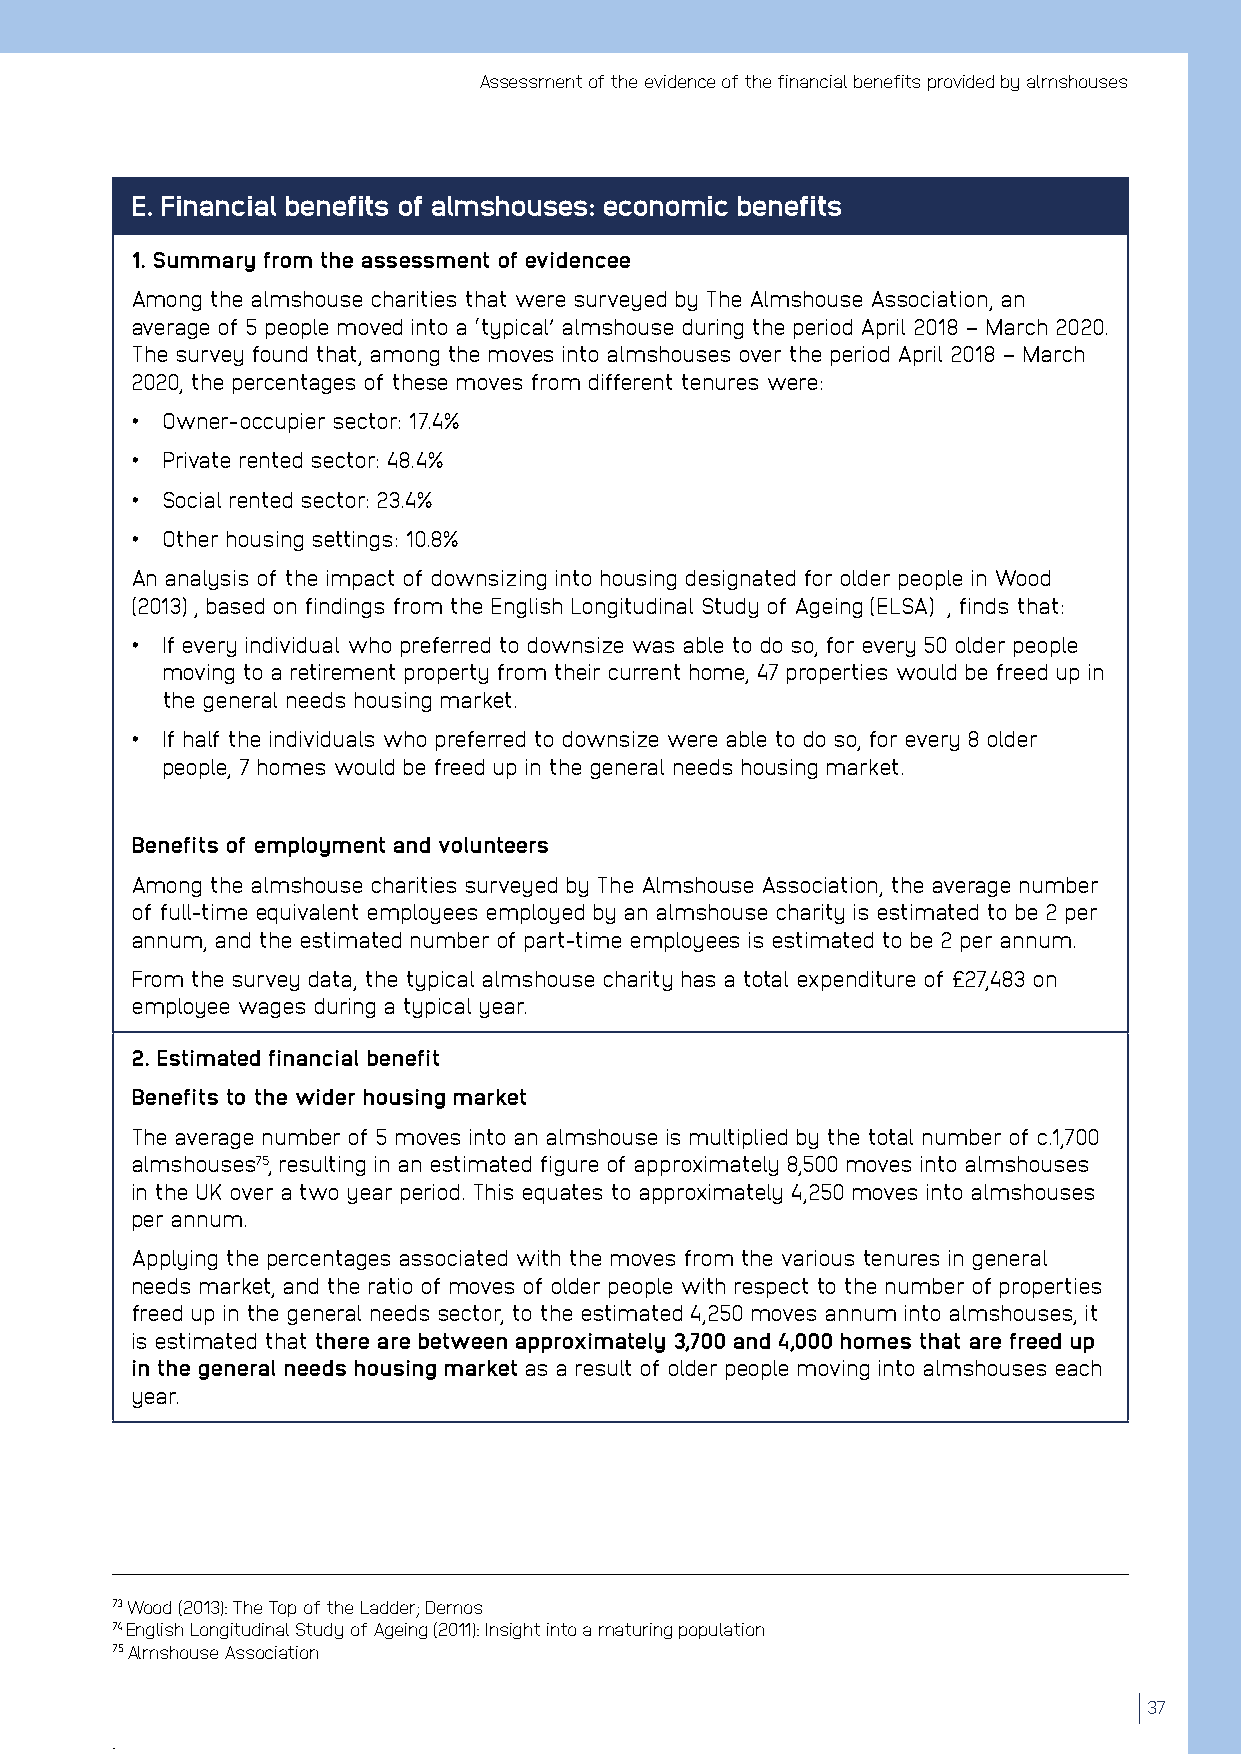
Assessment of the evidence of the financial benefits provided by almshouses
 E. Financial benefits of almshouses: economic benefits
 1. Summary from the assessment of evidencee
 Among the almshouse charities that were surveyed by The Almshouse Association, an
 average of 5 people moved into a ‘typical’ almshouse during the period April 2018 – March 2020.
 The survey found that, among the moves into almshouses over the period April 2018 – March
 2020, the percentages of these moves from different tenures were:
 • Owner-occupier sector: 17.4%
 • Private rented sector: 48.4%
 • Social rented sector: 23.4%
 • Other housing settings: 10.8%
 An analysis of the impact of downsizing into housing designated for older people in Wood
 (2013) , based on findings from the English Longitudinal Study of Ageing (ELSA) , finds that:
 • If every individual who preferred to downsize was able to do so, for every 50 older people
 moving to a retirement property from their current home, 47 properties would be freed up in
 the general needs housing market.
 • If half the individuals who preferred to downsize were able to do so, for every 8 older
 people, 7 homes would be freed up in the general needs housing market.
 Benefits of employment and volunteers
 Among the almshouse charities surveyed by The Almshouse Association, the average number
 of full-time equivalent employees employed by an almshouse charity is estimated to be 2 per
 annum, and the estimated number of part-time employees is estimated to be 2 per annum.
 From the survey data, the typical almshouse charity has a total expenditure of £27,483 on
 employee wages during a typical year.
 2. Estimated financial benefit
 Benefits to the wider housing market
 The average number of 5 moves into an almshouse is multiplied by the total number of c.1,700
 almshouses75, resulting in an estimated figure of approximately 8,500 moves into almshouses
 in the UK over a two year period. This equates to approximately 4,250 moves into almshouses
 per annum.
 Applying the percentages associated with the moves from the various tenures in general
 needs market, and the ratio of moves of older people with respect to the number of properties
 freed up in the general needs sector, to the estimated 4,250 moves annum into almshouses, it
 is estimated that there are between approximately 3,700 and 4,000 homes that are freed up
 in the general needs housing market as a result of older people moving into almshouses each
 year.
 73 Wood (2013): The Top of the Ladder; Demos
 74 English Longitudinal Study of Ageing (2011): Insight into a maturing population
 75 Almshouse Association
 37
 .